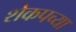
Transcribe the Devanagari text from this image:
शेकपच्या